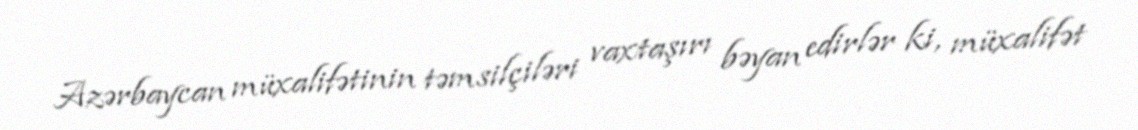
Azərbaycan müxalifətinin təmsilçiləri vaxtaşırı bəyan edirlər ki, müxalifət